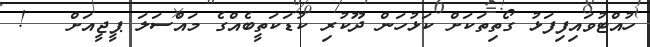
ހުއްޓުވައިފިފަޅު ގޯތިތަކަށް ކަޅުހަން ދޫކުރި ކުޑަކަތީބެއްގެ މައްސަލަ ޕީޖީއަށް   !